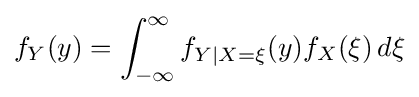
f_{Y}(y)=\int _{-\infty }^{\infty }f_{Y|X=\xi }(y)f_{X}(\xi )\,d\xi